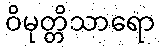
ဝိမုတ္တိသာရော